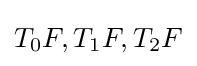
T_{0}F,T_{1}F,T_{2}F